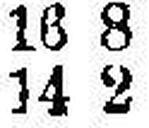
14 2